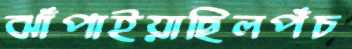
ঝাঁপাইয়াছিলপঁচ